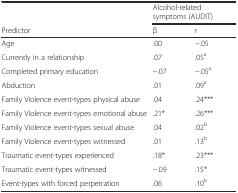
<table><thead><tr><td></td><td colspan="2"><b>Alcohol-related symptoms (AUDIT)</b></td></tr><tr><td><b>Predictor</b></td><td><b>β</b></td><td><b>r</b></td></tr></thead><tbody><tr><td>Age</td><td>.00</td><td>−.05</td></tr><tr><td>Currently in a relationship</td><td>.07</td><td>.05<sup>a</sup></td></tr><tr><td>Completed primary education</td><td>−.07</td><td>−.05<sup>a</sup></td></tr><tr><td>Abduction</td><td>.01</td><td>.09<sup>a</sup></td></tr><tr><td>Family Violence event-types physical abuse</td><td>.04</td><td>.24***</td></tr><tr><td>Family Violence event-types emotional abuse</td><td>.21*</td><td>.26***</td></tr><tr><td>Family Violence event-types sexual abuse</td><td>.04</td><td>.02<sup>b</sup></td></tr><tr><td>Family Violence event-types witnessed</td><td>.01</td><td>.13<sup>b</sup></td></tr><tr><td>Traumatic event-types experienced</td><td>.18*</td><td>.23***</td></tr><tr><td>Traumatic event-types witnessed</td><td>−.09</td><td>.15*</td></tr><tr><td>Event-types with forced perpetration</td><td>.06</td><td>.10<sup>b</sup></td></tr></tbody></table>